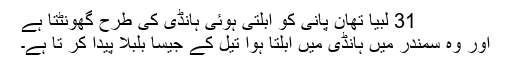
31 لبیا تھان پانی کو ابلتی ہوئی ہانڈی کی طرح گھونٹتا ہے
اور وہ سمندر میں ہانڈی میں ابلتا ہوا تیل کے جیسا بلبلا پیدا کر تا ہے۔